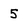
Character: 5